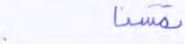
تمسنا